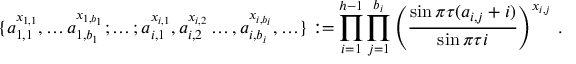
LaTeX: \{ a _ { 1 , 1 } ^ { x _ { 1 , 1 } } , \ldots a _ { 1 , b _ { 1 } } ^ { x _ { 1 , b _ { 1 } } } ; \ldots ; a _ { i , 1 } ^ { x _ { i , 1 } } , a _ { i , 2 } ^ { x _ { i , 2 } } \ldots , a _ { i , b _ { i } } ^ { x _ { i , b _ { i } } } , \ldots \} : = \prod _ { i = 1 } ^ { h - 1 } \prod _ { j = 1 } ^ { b _ { i } } \left( \frac { \sin \pi \tau ( a _ { i , j } + i ) } { \sin \pi \tau i } \right) ^ { x _ { i , j } } \, .